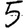
Digit: 5